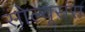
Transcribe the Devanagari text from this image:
सोल्यूसंस